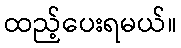
ထည့်ပေးရမယ်။